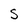
Character: S